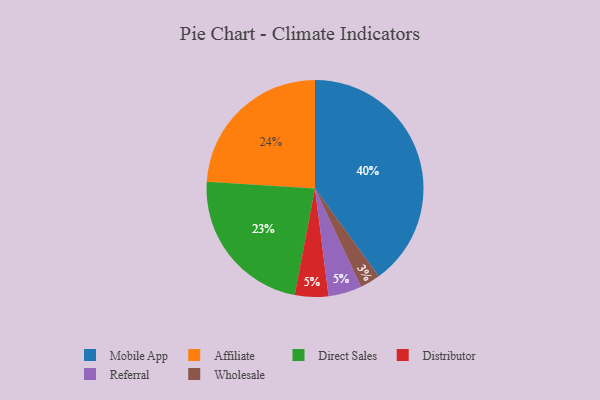
{"axis": {"x": "Category", "y": "Percentage"}, "legend": ["Affiliate", "Direct Sales", "Distributor", "Mobile App", "Referral", "Wholesale"], "data": [{"x": "Mobile App", "y": 40, "type": "Mobile App"}, {"x": "Distributor", "y": 5, "type": "Distributor"}, {"x": "Wholesale", "y": 3, "type": "Wholesale"}, {"x": "Direct Sales", "y": 23, "type": "Direct Sales"}, {"x": "Affiliate", "y": 24, "type": "Affiliate"}, {"x": "Referral", "y": 5, "type": "Referral"}]}